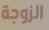
الزوجة